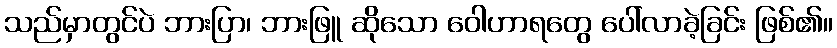
သည်မှာတွင်ပဲ ဘားပြာ၊ ဘားဖြူ ဆိုသော ဝေါဟာရတွေ ပေါ်လာခဲ့ခြင်း ဖြစ်၏။